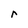
Character: r